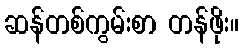
ဆန်တစ်ကွမ်းစာ တန်ဖိုး။